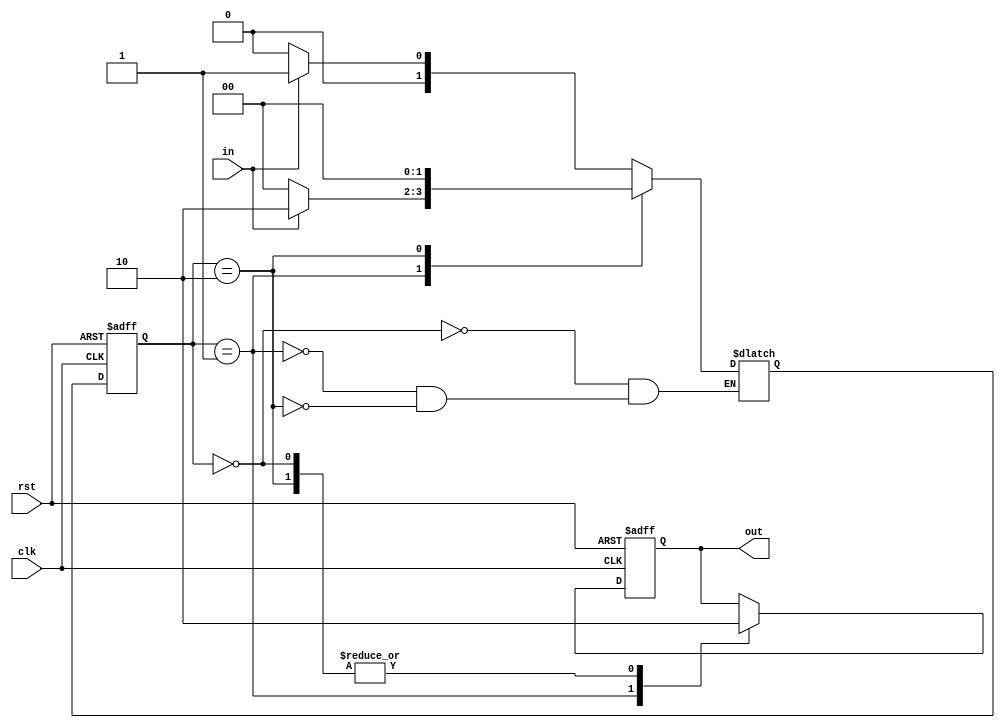
module Moore_State_Machine(input clk, input rst, input in, output reg out);

    // Define states
    parameter S0 = 2'b00;
    parameter S1 = 2'b01;
    parameter S2 = 2'b10;
    
    // Define outputs for each state
    always @ (posedge clk or posedge rst)
    begin
        if (rst)
            out <= 1'b0; // Output when in reset state
        else
            case (state)
                S0: out <= 1'b0; // Output for state S0
                S1: out <= 1'b1; // Output for state S1
                S2: out <= 1'b0; // Output for state S2
            endcase
    end
    
    // Define state register and logic for state transitions
    reg [1:0] state, next_state;
    
    always @ (posedge clk or posedge rst)
    begin
        if (rst)
            state <= S0; // Initialize state to S0 on reset
        else
            state <= next_state; // Update state based on next_state logic
    end
    
    // Define logic for state transitions
    always @ (*)
    begin
        case (state)
            S0: next_state = (in) ? S1 : S0; // Transition to S1 if input is high, else stay in S0
            S1: next_state = (in) ? S2 : S0; // Transition to S2 if input is high, else move back to S0
            S2: next_state = S0; // Always transition back to S0 from S2
        endcase
    end
    
endmodule